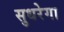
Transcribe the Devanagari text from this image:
सुधरेगा